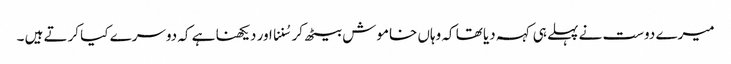
میرے دوست نے پہلے ہی کہہ دیا تھا کہ وہاں خاموش بیٹھ کر سُننا اور دیکھنا ہے کہ دوسرے کیا کرتے ہیں ۔